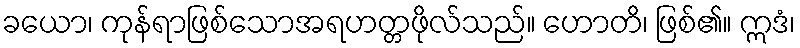
ခယော၊ ကုန်ရာဖြစ်သောအရဟတ္တဖိုလ်သည်။ ဟောတိ၊ ဖြစ်၏။ ဣဒံ၊